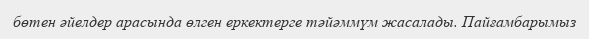
бөтен әйелдер арасында өлген еркектерге тәйәммүм жасалады. Пайғамбарымыз